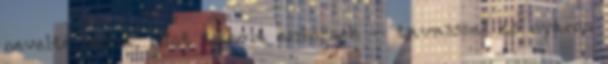
nevelte volna, mint tanult embernek – tavasszal és nyáron